Civil Veterinary Department Bihar reports 1940-50 - 1940-1950
Year: 1940
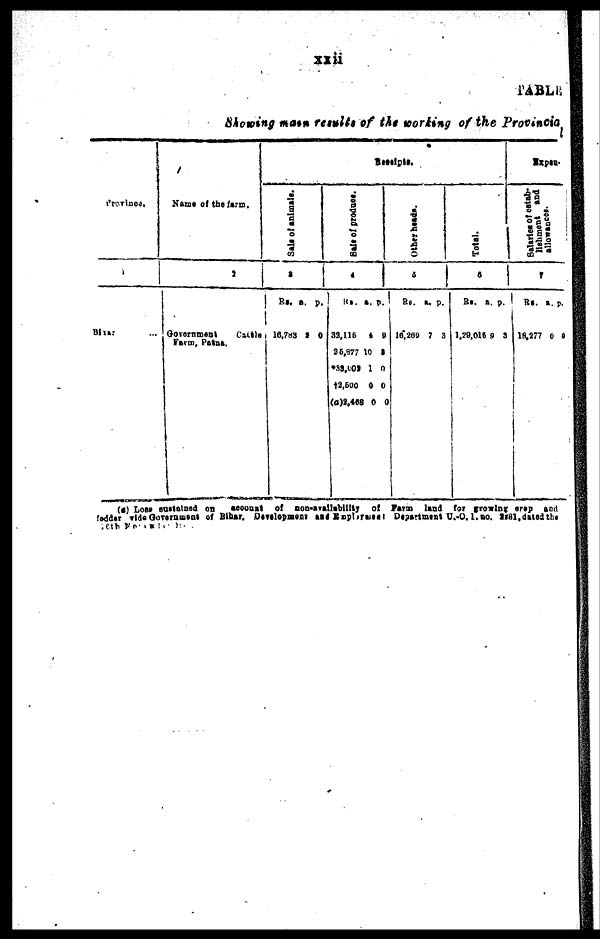
xxii
TABLE
Showing main results of the working of the Provincia
Province.
1
Bihar ...
Name of the farm.
2
Government
Cattle
Farm
Patna.
Receipts.
Sale of animals.
3
Rs.
16,783
a.
2
p.
0
Sale of produce.
4
Rs.
32,115
25,877
*33,002
†2,500
(a)2,468
a.
4
10
1
0
0
p.
9
2
0
0
0
Other heads.
5
Rs.
16,269
a.
7
p.
3
Total.
6
Rs.
1,29,015
a.
9
p.
3
Expen-
Salaries of estab-
lishment and
allowances.
7
Rs.
19,277
a.
0
p.
0
(a) Lose sustained on
account of non-availability of Farm land for growing crep and
fodder vide Government of Bihar. Development and Employment Department U.-O.1.no. 1981, dated the
10 November 1981.